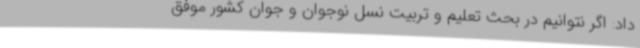
داد: اگر نتوانیم در بحث تعلیم و تربیت نسل نوجوان و جوان کشور موفق